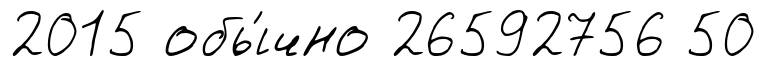
2015 обы́чно 26592756 50